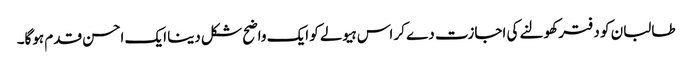
طالبان کو دفتر کھولنے کی اجازت دے کر اس ہیولے کو ایک واضح شکل دینا ایک احسن قدم ہوگا۔